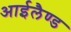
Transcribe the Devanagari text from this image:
आईलैण्‍ड